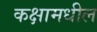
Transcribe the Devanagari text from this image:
कक्षामधील